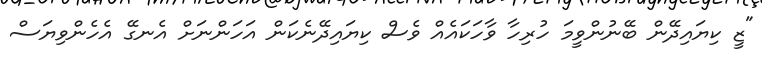
"ޒީ ކިޔައިދޭން ބޭނުންވީމަ ހުރިހާ ވާހަކައެއް ވެސް ކިޔައިދޭނެކަން އަހަންނަށް އެނގޭ އެހެންވިޔަސް